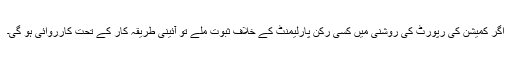
اگر کمیشن کی رپورٹ کی روشنی میں کسی رکن پارلیمنٹ کے خلاف ثبوت ملے تو آئینی طریقہ کار کے تحت کارروائی ہو گی۔